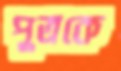
পুত্রকে